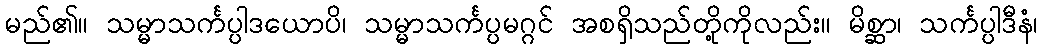
မည်၏။ သမ္မာသင်္ကပ္ပါဒယောပိ၊ သမ္မာသင်္ကပ္ပမဂ္ဂင် အစရှိသည်တို့ကိုလည်း။ မိစ္ဆာ၊ သင်္ကပ္ပါဒီနံ၊